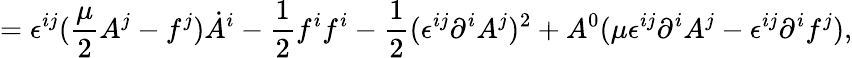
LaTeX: =\epsilon^{ij}({\frac{\mu}{2}}A^{j}-f^{j})\dot{A}^{i}-{\frac{1}{2}}f^{i}f^{i}-{\frac{1}{2}}(\epsilon^{ij}\partial^{i}A^{j})^{2}+A^{0}(\mu\epsilon^{ij}\partial^{i}A^{j}-\epsilon^{ij}\partial^{i}f^{j}),